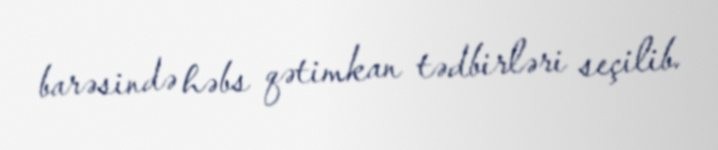
barəsində həbs qətimkan tədbirləri seçilib.